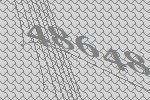
48648